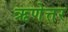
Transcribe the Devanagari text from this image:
ऋणेत्तर